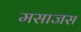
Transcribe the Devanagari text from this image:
मसाजस